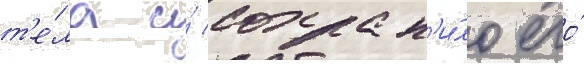
т'е́ла и́ сохран'и́ло его́